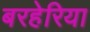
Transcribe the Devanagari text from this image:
बरहेरिया